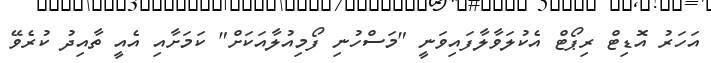
އަހަރު އޮޑިޓް ރިޕޯޓް އެކުލަވާލާފައިވަނީ "މަސްހުނި ފޯމިއުލާއަކަށް" ކަމަށާއި އެއީ ތާއިދު ކުރެވޭ